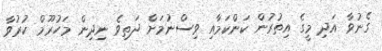
ގެނުވާ އަދި މީގެ އިތުރުން ކަންކަމާއި ވިސްނުމަށް ދަތިވެ ނިދިން މަހުރޫމް ކުރުވާ